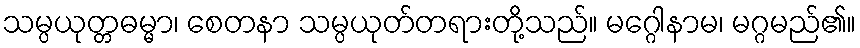
သမ္ပယုတ္တဓမ္မာ၊ စေတနာ သမ္ပယုတ်တရားတို့သည်။ မဂ္ဂေါနာမ၊ မဂ္ဂမည်၏။